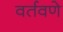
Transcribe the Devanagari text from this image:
वर्तवणे